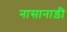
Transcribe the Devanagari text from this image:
नासानाड़ी